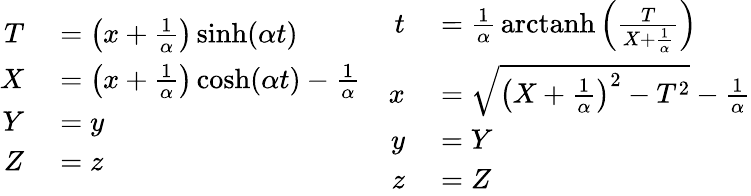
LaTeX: \begin{array}{cc}{{\begin{array}{rl}{T}&{{}=\left(x+{\frac{1}{\alpha}}\right)\sinh(\alpha t)}\\ {X}&{{}=\left(x+{\frac{1}{\alpha}}\right)\cosh(\alpha t)-{\frac{1}{\alpha}}}\\ {Y}&{{}=y}\\ {Z}&{{}=z}\end{array}}}&{{\begin{array}{rl}{t}&{{}={\frac{1}{\alpha}}\operatorname{arctanh}\left({\frac{T}{X+{\frac{1}{\alpha}}}}\right)}\\ {x}&{{}={\sqrt{\left(X+{\frac{1}{\alpha}}\right)^{2}-T^{2}}}-{\frac{1}{\alpha}}}\\ {y}&{{}=Y}\\ {z}&{{}=Z}\end{array}}}\end{array}